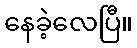
နေခဲ့လေပြီ။